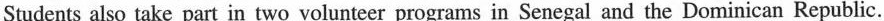
Students also take part in two volunteer programs in Senegal and the Dominican Republic.